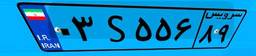
۲۱S۹۷۹۵۳